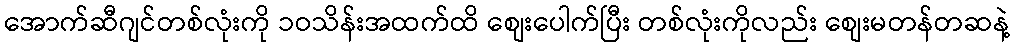
အောက်ဆီဂျင်တစ်လုံးကို ၁ဝသိန်းအထက်ထိ စျေးပေါက်ပြီး တစ်လုံးကိုလည်း စျေးမတန်တဆနဲ့